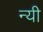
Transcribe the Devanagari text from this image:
न्यी